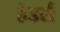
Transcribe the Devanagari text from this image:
हेडर्स